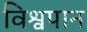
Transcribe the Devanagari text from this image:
विश्वपान